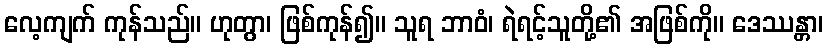
လေ့ကျက် ကုန်သည်။ ဟုတွာ၊ ဖြစ်ကုန်၍။ သူရ ဘာဝံ၊ ရဲရင့်သူတို့၏ အဖြစ်ကို။ ဒေဿန္တာ၊